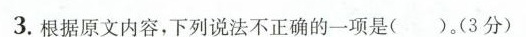
3.根据原文内容，下列说法不正确的一项是( )(3分)